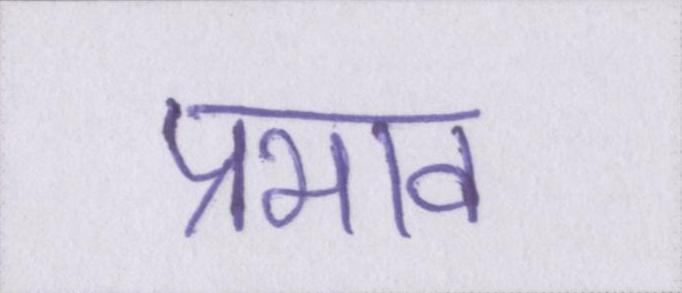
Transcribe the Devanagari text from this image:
प्रभाव